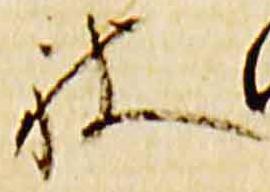
被